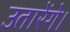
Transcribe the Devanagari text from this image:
उतारेंगे।